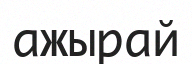
ажырай